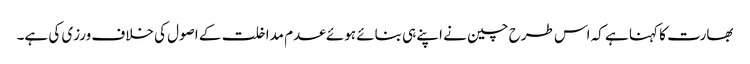
بھارت کا کہنا ہے کہ اس طرح چین نے اپنے ہی بنائے ہوئے عدم مداخلت کے اصول کی خلاف ورزی کی ہے۔